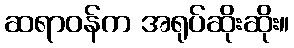
ဆရာဝန်က အရုပ်ဆိုးဆိုး။